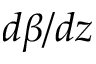
d \beta / d z